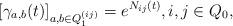
LaTeX: \begin{align*}[\gamma_{a,b}(t)]_{a,b\in Q_1^{(ij)}} = e^{N_{ij}(t)}, i,j\in Q_0,\end{align*}